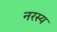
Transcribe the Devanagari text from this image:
नरस्य